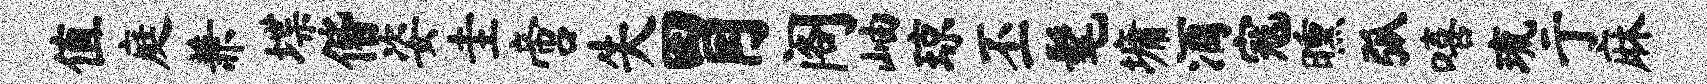
值庭兼堞偕姿圭啻失胃阁岫琼丕髦墉酒寇曛弧嘻琉亍麻